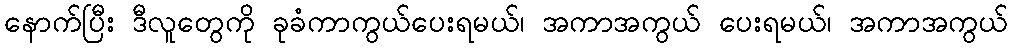
နောက်ပြီး ဒီလူတွေကို ခုခံကာကွယ်ပေးရမယ်၊ အကာအကွယ် ပေးရမယ်၊ အကာအကွယ်